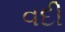
વદી